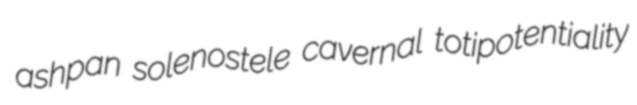
ashpan solenostele cavernal totipotentiality